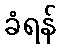
ခံရန်